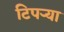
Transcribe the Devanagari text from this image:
टिपऱ्या